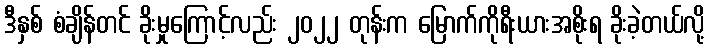
ဒီနှစ် စံချိန်တင် ခိုးမှုကြောင့်လည်း ၂၀၂၂ တုန်းက မြောက်ကိုရီးယားအစိုးရ ခိုးခဲ့တယ်လို့